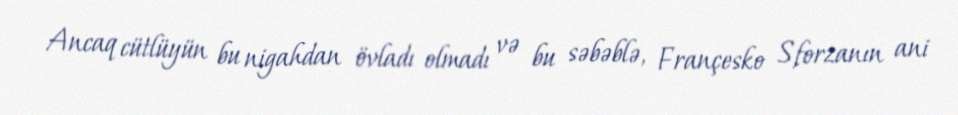
Ancaq cütlüyün bu nigahdan övladı olmadı və bu səbəblə, Françesko Sforzanın ani